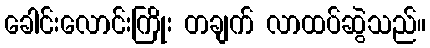
ခေါင်းလောင်းကြိုး တချက် လာထပ်ဆွဲသည်။